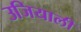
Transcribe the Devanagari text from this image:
उजियाली